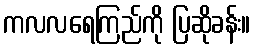
ကလလရေကြည်ကို ပြဆိုခန်း။